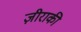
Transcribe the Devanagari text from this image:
ज़ीराकी